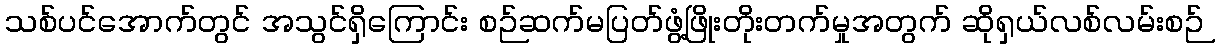
သစ်ပင်အောက်တွင် အသွင်ရှိကြောင်း စဉ်ဆက်မပြတ်ဖွံ့ဖြိုးတိုးတက်မှုအတွက် ဆိုရှယ်လစ်လမ်းစဉ်